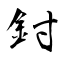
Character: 鉜